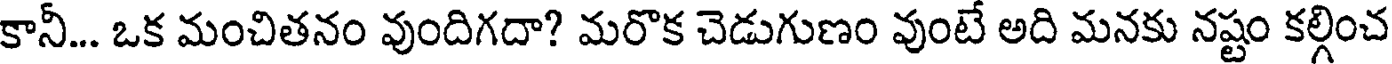
కానీ... ఒక మంచితనం వుందిగదా? మరొక చెడుగుణం వుంటే అది మనకు నష్టం కల్గించ